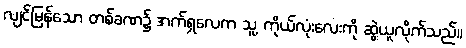
လျင်မြန်သော တစ်ခဏ၌ အက်ရှလေက သူ့ ကိုယ်လုံးလေးကို ဆွဲယူလိုက်သည်။